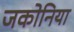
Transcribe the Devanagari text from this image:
जकोनिया